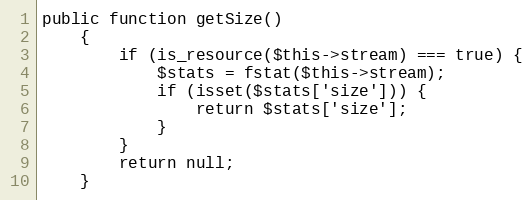
Language: PHP
public function getSize()
    {
        if (is_resource($this->stream) === true) {
            $stats = fstat($this->stream);
            if (isset($stats['size'])) {
                return $stats['size'];
            }
        }
        return null;
    }